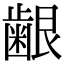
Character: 𮯅